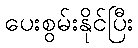
ပေးစွမ်းနိုင်ပြီး